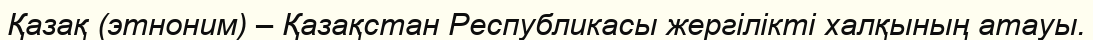
Қазақ (этноним) – Қазақстан Республикасы жергілікті халқының атауы.